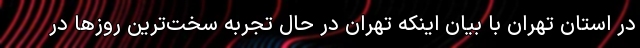
در استان تهران با بیان اینکه تهران در حال تجربه سخت‌ترین روزها در